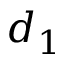
d _ { 1 }